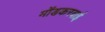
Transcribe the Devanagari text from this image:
मोंडकरबाई